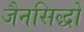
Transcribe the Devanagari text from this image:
जैनसिद्धों